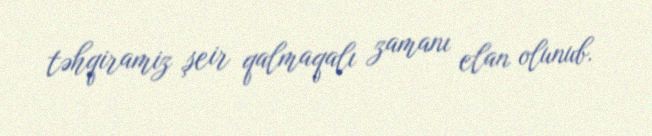
təhqiramiz şeir qalmaqalı zamanı elan olunub.